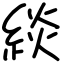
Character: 緂